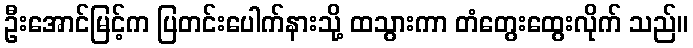
ဦးအောင်မြင့်က ပြတင်းပေါက်နားသို့ ထသွားကာ တံတွေးထွေးလိုက် သည်။